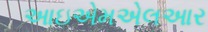
આઇએમએલઆર